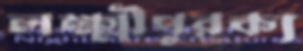
লক্ষ্মীপুরক্য